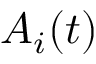
A _ { i } ( t )